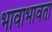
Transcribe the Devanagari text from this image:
भावाभावता